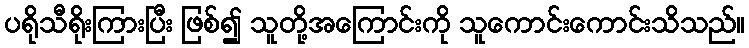
ပရိုသီရိုးကြားပြီး ဖြစ်၍ သူတို့အကြောင်းကို သူကောင်းကောင်းသိသည်။